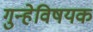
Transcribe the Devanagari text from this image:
गुन्हेविषयक